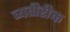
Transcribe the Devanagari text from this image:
व्यतीरीक्त